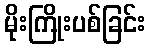
မိုးကြိုးပစ်ခြင်း